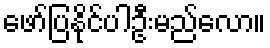
ဖော်ပြနိုင်ပါဦးမည်လော။